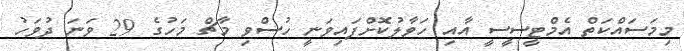
މިމަސައްކަތް އެމްޓީސީސީ އާއި ހަވާލުކޮށްފައިވަނީ ހުސްވި މާޗް މަހުގެ 29 ވަނަ ދުވަހު